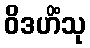
ဝိဒဟိံသု